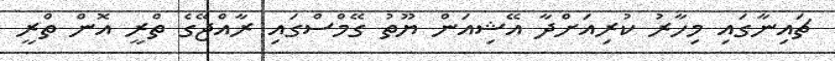
ޗައިނާގައި މިހާރު ކުރިއަށްދާ އޭޝިއަން ޔޫތު ގޭމްސްގައި ރާއްޖޭގެ ތްރީ އޮން ތްރީ